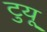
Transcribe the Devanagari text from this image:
टुयू